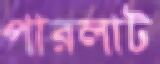
পারলাট